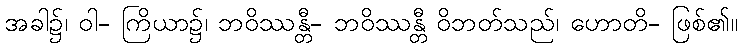
အခါ၌၊ ဝါ- ကြိယာ၌၊ ဘဝိဿန္တီ- ဘဝိဿန္တီ ဝိဘတ်သည်၊ ဟောတိ- ဖြစ်၏။